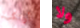
أرتكب ولا